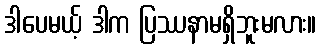
ဒါပေမယ့် ဒါက ပြဿနာမရှိဘူးမလား။